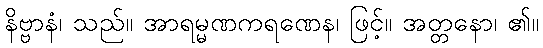
နိဗ္ဗာနံ၊ သည်။ အာရမ္မဏကရဏေန၊ ဖြင့်။ အတ္တနော၊ ၏။